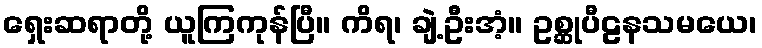
ရှေးဆရာတို့ ယူကြကုန်ပြီ။ ကိရ၊ ချဲ့ဦးအံ့။ ဥစ္ဆုပီဠနသမယေ၊